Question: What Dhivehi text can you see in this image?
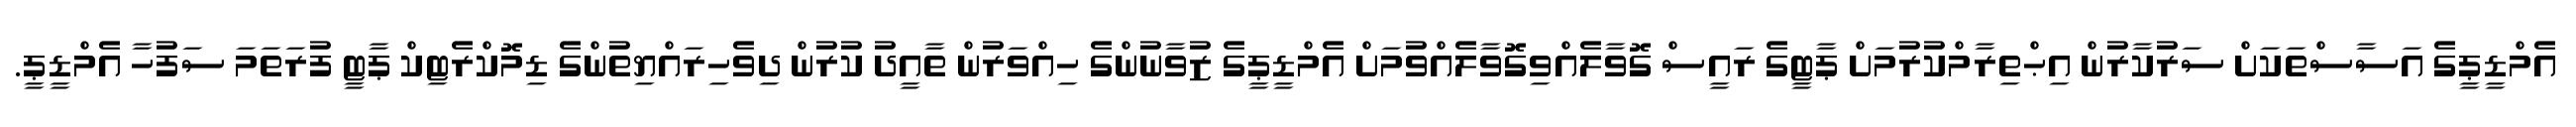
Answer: އެމްޑީޕީގެ އަސާސްތަކަށް ސަރުކާރުން އިޙްތިރާމްކުރުމަށް ޕާޓީގެ ރައީސް ގޮވާލެއްވިގޮވާލެއްވުމަށް އެމްޑީޕީގެ ޒުވާނުންގެ ހިއްވަރުން ތާއީދު ކުރުން ދިވެހިރައްޔިތުންގެ ޑިމޮކްރެޓިކް ޕާޓީ ފުރަތަމަ ސަފުހާ އެމްޑީޕީ.